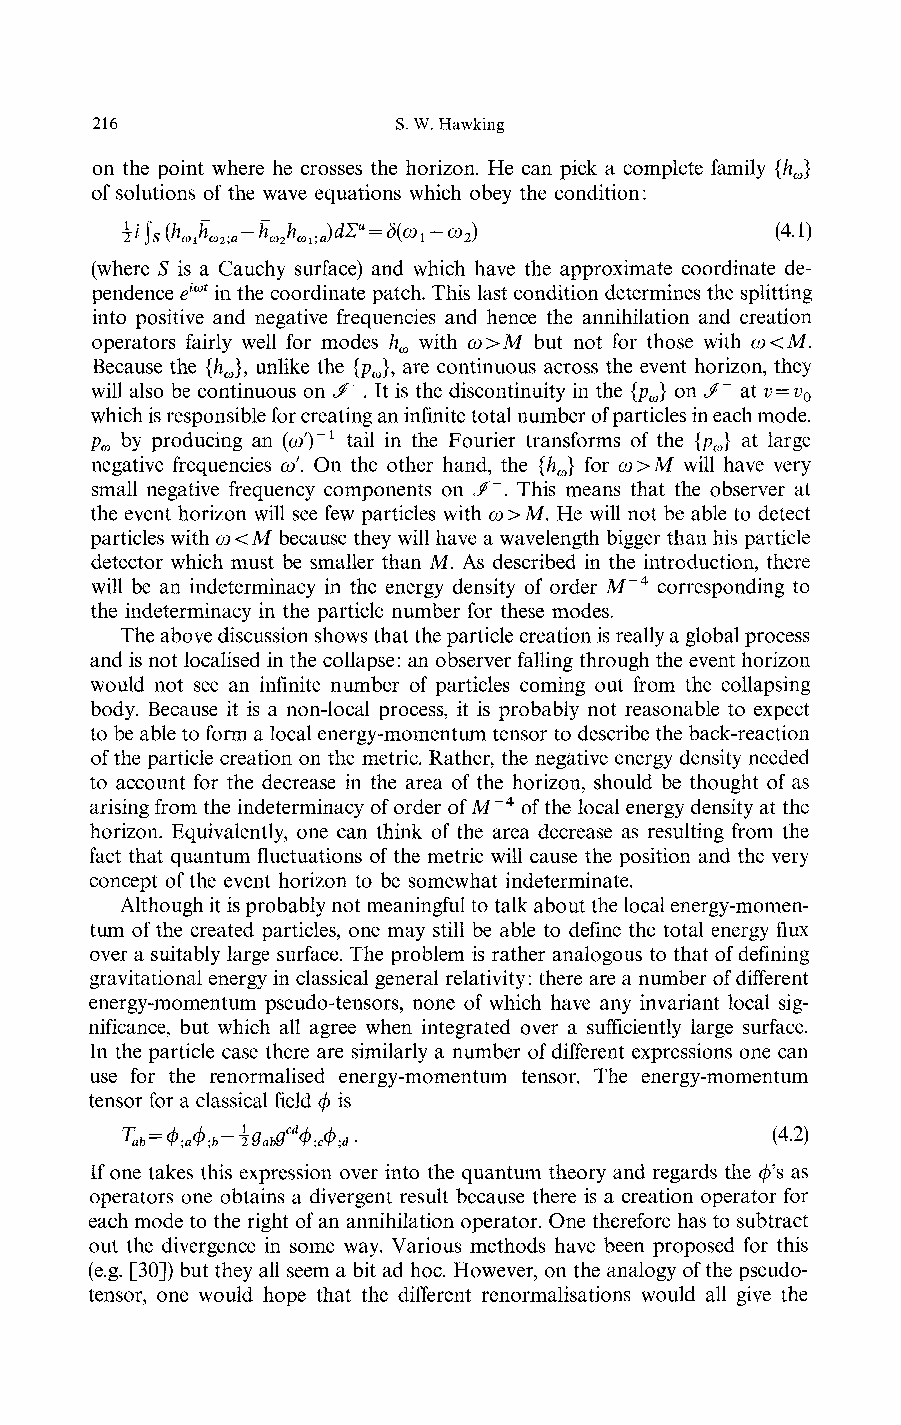
216                 S. W. Hawking
 on the point where he crosses the horizon. He can pick a complete family {h }
 ω
 of solutions of the wave equations which obey the condition:
 ^^s(h h -h h . )dΣa = δ(ω-ω )             (4.1)
 ωι ω2;a ω2 ωι >a i 2
 (where S is a Cauchy surface) and which have the approximate coordinate de-
 pendence eiωt in the coordinate patch. This last condition determines the splitting
 into positive and negative frequencies and hence the annihilation and creation
 operators fairly well for modes h with ω>M but not for those with ω<M.
 ω
 Because the {h } unlike the {p }, are continuous across the event horizon, they
 ω 9       ω
 will also be continuous on «/". It is the discontinuity in the {p } on J~ at V = V
 ω         Q
 which is responsible for creating an infinite total number of particles in each mode.
 p by producing an (α/)"1 tail in the Fourier transforms of the {p } at large
 ω                                       ω
 negative frequencies ω. On the other hand, the {h } for ω>M will have very
 ω
 small negative frequency components on */". This means that the observer at
 the event horizon will see few particles with ω > M. He will not be able to detect
 particles with ω<M because they will have a wavelength bigger than his particle
 detector which must be smaller than M. As described in the introduction, there
 will be an indeterminacy in the energy density of order M~4 corresponding to
 the indeterminacy in the particle number for these modes.
 The above discussion shows that the particle creation is really a global process
 and is not localised in the collapse: an observer falling through the event horizon
 would not see an infinite number of particles coming out from the collapsing
 body. Because it is a non-local process, it is probably not reasonable to expect
 to be able to form a local energy-momentum tensor to describe the back-reaction
 of the particle creation on the metric. Rather, the negative energy density needed
 to account for the decrease in the area of the horizon, should be thought of as
 arising from the indeterminacy of order of M"4 of the local energy density at the
 horizon. Equivalently, one can think of the area decrease as resulting from the
 fact that quantum fluctuations of the metric will cause the position and the very
 concept of the event horizon to be somewhat indeterminate.
 Although it is probably not meaningful to talk about the local energy-momen-
 tum of the created particles, one may still be able to define the total energy flux
 over a suitably large surface. The problem is rather analogous to that of defining
 gravitational energy in classical general relativity: there are a number of different
 energy-momentum pseudo-tensors, none of which have any invariant local sig-
 nificance, but which all agree when integrated over a sufficiently large surface.
 In the particle case there are similarly a number of different expressions one can
 use for the renormalised energy-momentum tensor. The energy-momentum
 tensor for a classical field φ is
 τ =Φ φ -^g gcdφ,φ .                       (4.2)
 ab ;a ;b ab c ;d
 If one takes this expression over into the quantum theory and regards the φ's as
 operators one obtains a divergent result because there is a creation operator for
 each mode to the right of an annihilation operator. One therefore has to subtract
 out the divergence in some way. Various methods have been proposed for this
 (e.g. [30]) but they all seem a bit ad hoc. However, on the analogy of the pseudo-
 tensor, one would hope that the different renormalisations would all give the